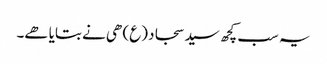
یہ سب کچھ سید سجاد (ع) ھی نے بتایا ھے۔